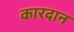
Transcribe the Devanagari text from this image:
कारदान